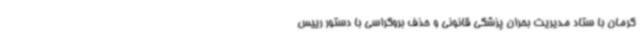
کرمان با ستاد مدیریت بحران پزشکی قانونی و حذف بروکراسی با دستور رییس